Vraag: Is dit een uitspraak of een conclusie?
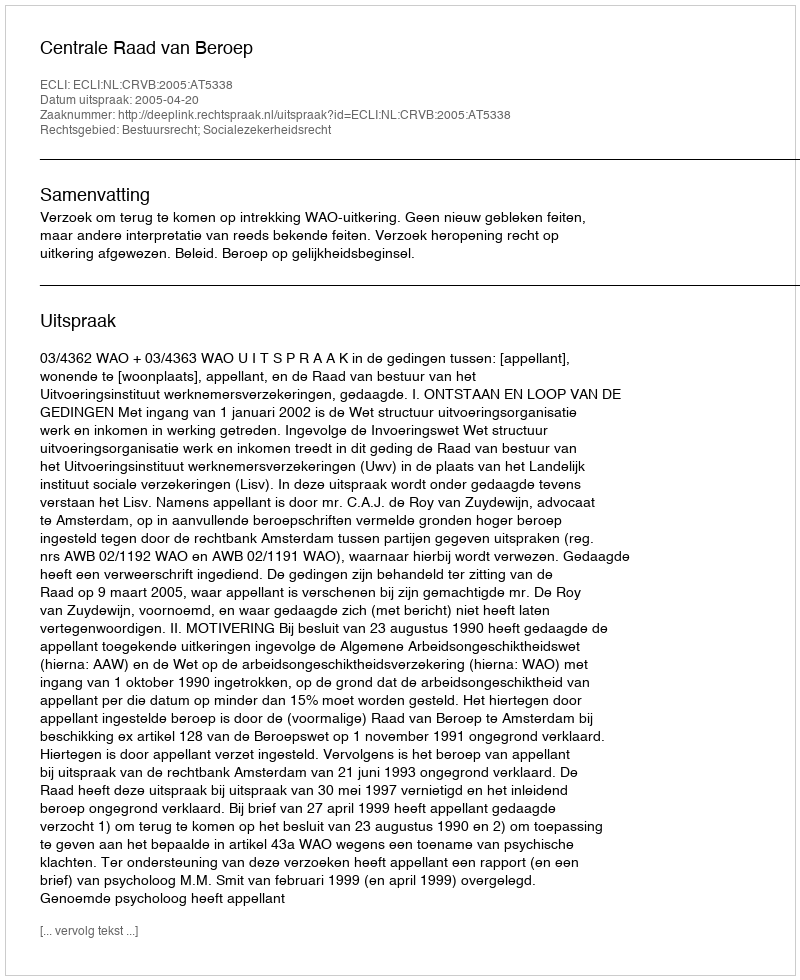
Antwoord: Uitspraak